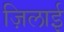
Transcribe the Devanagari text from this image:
ज़िलाई